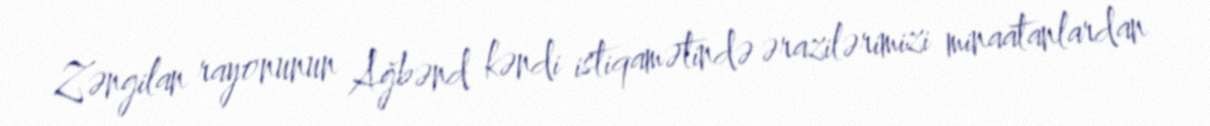
Zəngilan rayonunun Ağbənd kəndi istiqamətində ərazilərimizi minaatanlardan